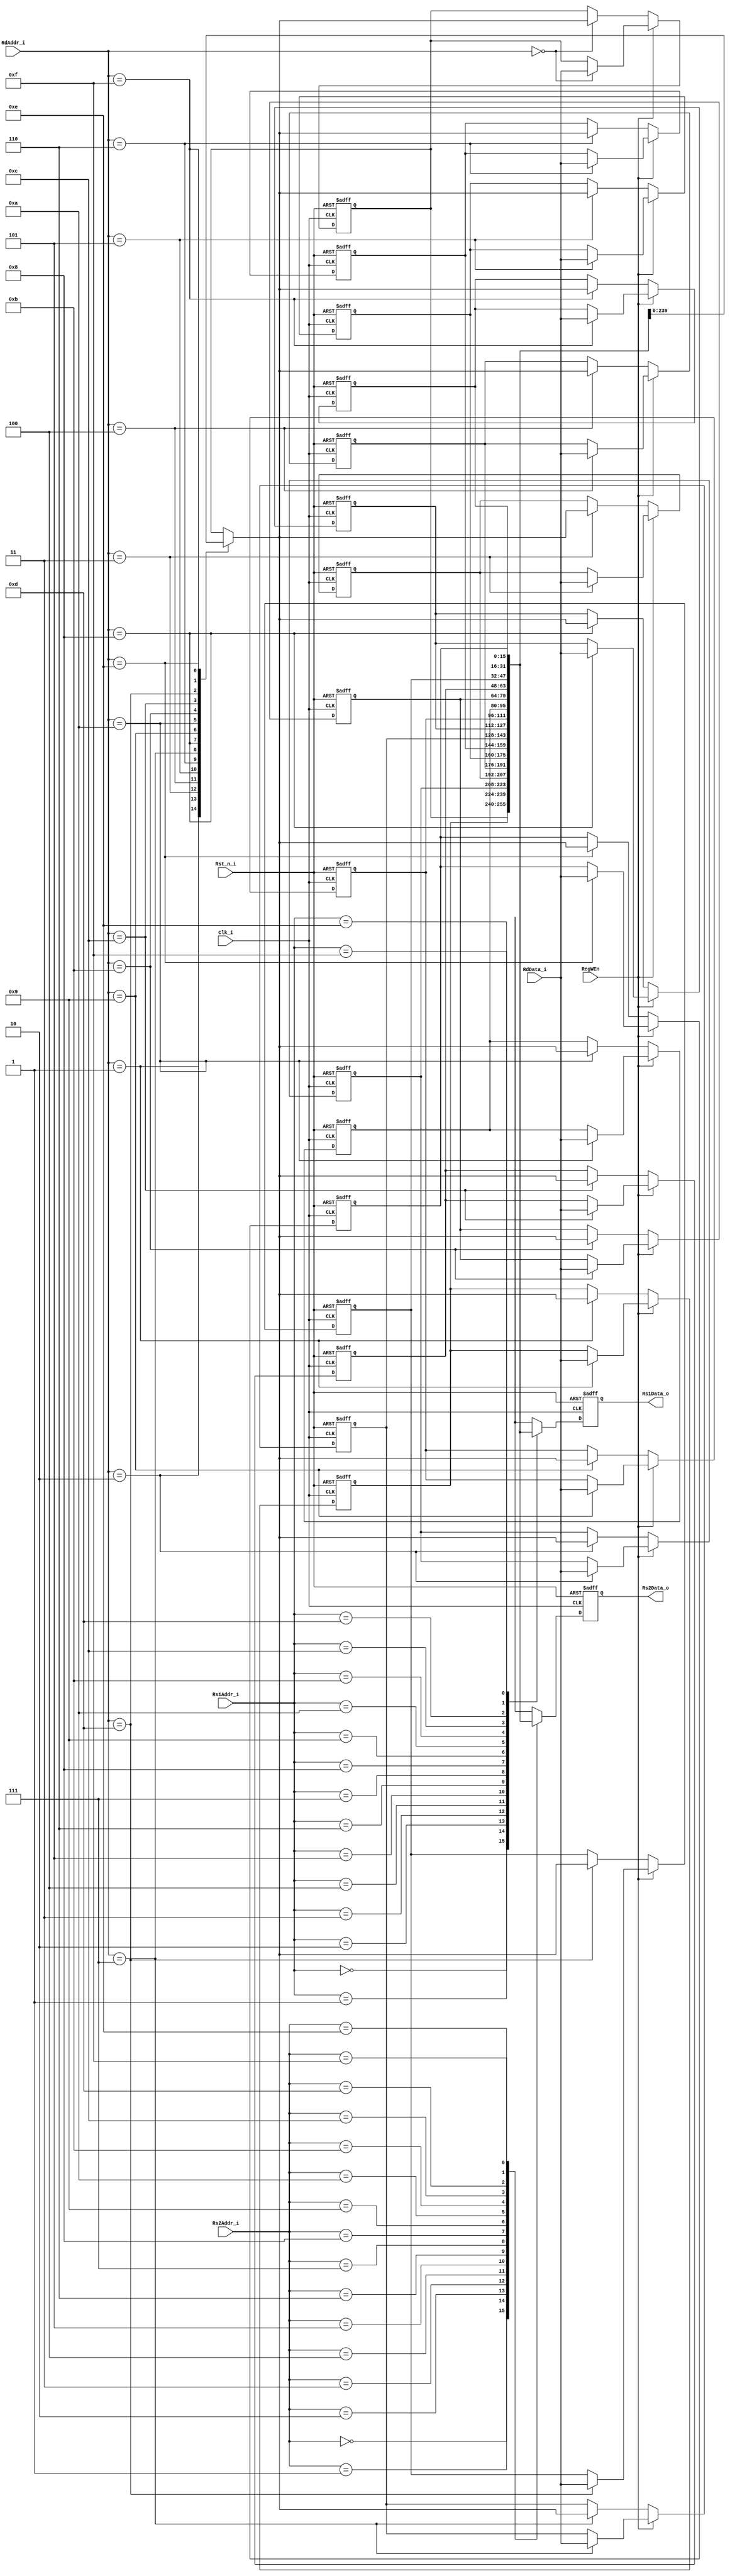

module regfile_dff #(
parameter REGAW = 4,
parameter REGDW = 16,
parameter REGN = 16
)
(
input 										Clk_i			,
input											Rst_n_i		,
//w
input 										RegWEn	,
input	[REGAW-1:0]					RdAddr_i	,
input [REGDW-1:0]					RdData_i ,
//r1
input	[REGAW-1:0]					Rs1Addr_i,
output[REGDW-1:0]					Rs1Data_o,
//r2
input	[REGAW-1:0]					Rs2Addr_i,
output[REGDW-1:0]					Rs2Data_o
);

(* keep = "true" *)reg [REGDW-1:0]rf [REGN-1:0];
wire[REGDW-1:0]rs1_data_wire;
wire[REGDW-1:0]rs2_data_wire;
(* keep = "true" *)reg	[REGDW-1:0]rs1_data_reg;
(* keep = "true" *)reg	[REGDW-1:0]rs2_data_reg;

/*port1*/
//rs1_data_wire
assign rs1_data_wire = rf[Rs1Addr_i];

//rs1_data_reg
always@(posedge Clk_i or negedge Rst_n_i) begin
	if(~Rst_n_i)
		rs1_data_reg <= 0;
	else
		rs1_data_reg <= rs1_data_wire;
end

//Rs1Data_o
assign Rs1Data_o = rs1_data_reg;

/*port2*/
//rs2_data_wire
assign rs2_data_wire = rf[Rs2Addr_i];

//rs2_data_reg
always@(posedge Clk_i or negedge Rst_n_i) begin
	if(~Rst_n_i)
		rs2_data_reg <= 0;
	else
		rs2_data_reg <= rs2_data_wire;
end

//Rs2Data_o
assign Rs2Data_o = rs2_data_reg;


/*port3*/
//rf
always@(posedge Clk_i or negedge Rst_n_i) begin
	if (~Rst_n_i) begin
		rf[ 0] <= 0;
		rf[ 1] <= 0;
		rf[ 2] <= 0;
		rf[ 3] <= 0;
		rf[ 4] <= 0;
		rf[ 5] <= 0;
		rf[ 6] <= 0;
		rf[ 7] <= 0;
		rf[ 8] <= 0;
		rf[ 9] <= 0;
		rf[10] <= 0;
		rf[11] <= 0;
		rf[12] <= 0;
		rf[13] <= 0;
		rf[14] <= 0;
		rf[15] <= 0;
	end
	else if (RegWEn)
		rf[RdAddr_i] <= RdData_i;
	else
		rf[RdAddr_i] <= rf[RdAddr_i];
end

endmodule